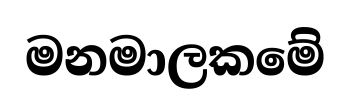
මනමාලකමේ